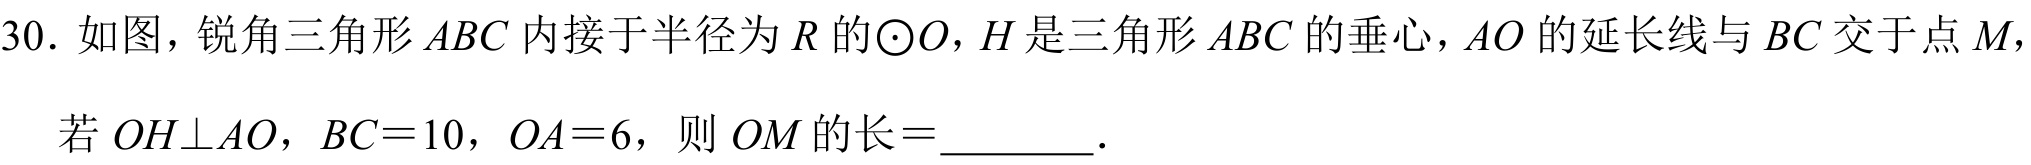
30. 如图，锐角三角形\(ABC\)内接于半径为\(R\)的\(\odot O\)，\(H\)是三角形\(ABC\)的垂心，\(AO\)的延长线与\(BC\)交于点\(M\)，
若\(OH\perp AO\)，\(BC = 10\)，\(OA = 6\)，则\(OM\)的长\(=\)________．